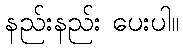
နည်းနည်း ပေးပါ။